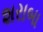
શરાબા